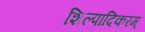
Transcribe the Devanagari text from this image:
शिल्पादिकरम्